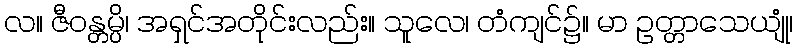
လ။ ဇီဝန္တမ္ပိ၊ အရှင်အတိုင်းလည်း။ သူလေ၊ တံကျင်၌။ မာ ဥတ္တာသေယျုံ၊